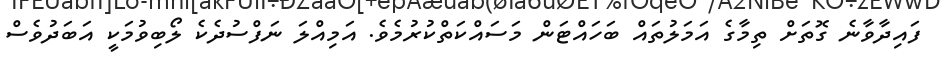
ފައިދާވާނެ ގޮތަށް ތިމާގެ އަމަލުތައް ބަހައްޓަން މަސައްކަތްކުރުމެވެ. އަމިއްލަ ނަފްސުދެކެ ލޯބިވުމަކީ އަބަދުވެސް